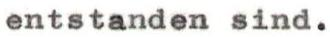
entstanden sind.